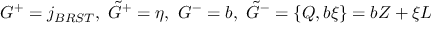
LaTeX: G ^ { + } = j _ { B R S T } , ~ \tilde { G } ^ { + } = \eta , ~ G ^ { - } = b , ~ \tilde { G } ^ { - } = \{ Q , b \xi \} = b Z + \xi L